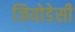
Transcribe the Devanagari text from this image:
जियोडेसी